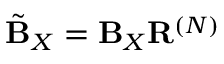
\tilde { \mathbf { B } } _ { X } = \mathbf { B } _ { X } \mathbf { R } ^ { ( N ) }